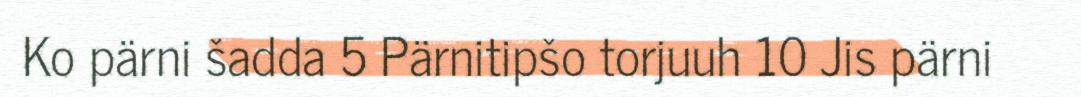
Ko pärni šadda 5 Pärnitipšo torjuuh 10 Jis pärni